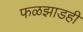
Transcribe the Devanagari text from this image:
फळझाडही